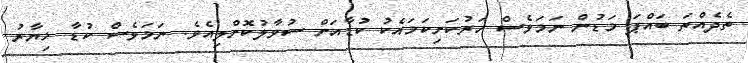
ތެދެއްތަ ބައްޕަ މަޑުން ނަމަވެސް ހަރުކަށިކަމައެކު ކުޑާއަށް ސުވާލުކޮށްލިއެވެ. ނަމަވެސް ކުޑާ ޚިޔާރު